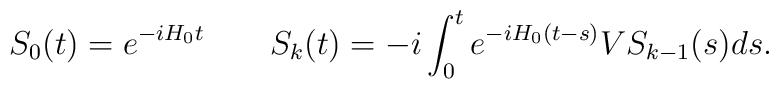
S_0 (t) = e^{-iH_0t} \qquad S_k (t) = -i \int_0^t e^{-i H_0(t-s)}VS_{k-1}(s) ds.